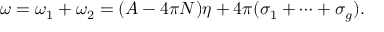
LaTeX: \omega = \omega _ { 1 } + \omega _ { 2 } = ( A - 4 \pi N ) \eta + 4 \pi ( \sigma _ { 1 } + \cdots + \sigma _ { g } ) .